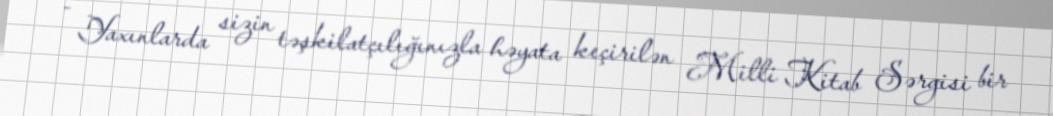
- Yaxınlarda sizin təşkilatçılığınızla həyata keçirilən Milli Kitab Sərgisi bir